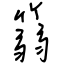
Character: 篛